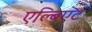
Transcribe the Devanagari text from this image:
एल्बिएट